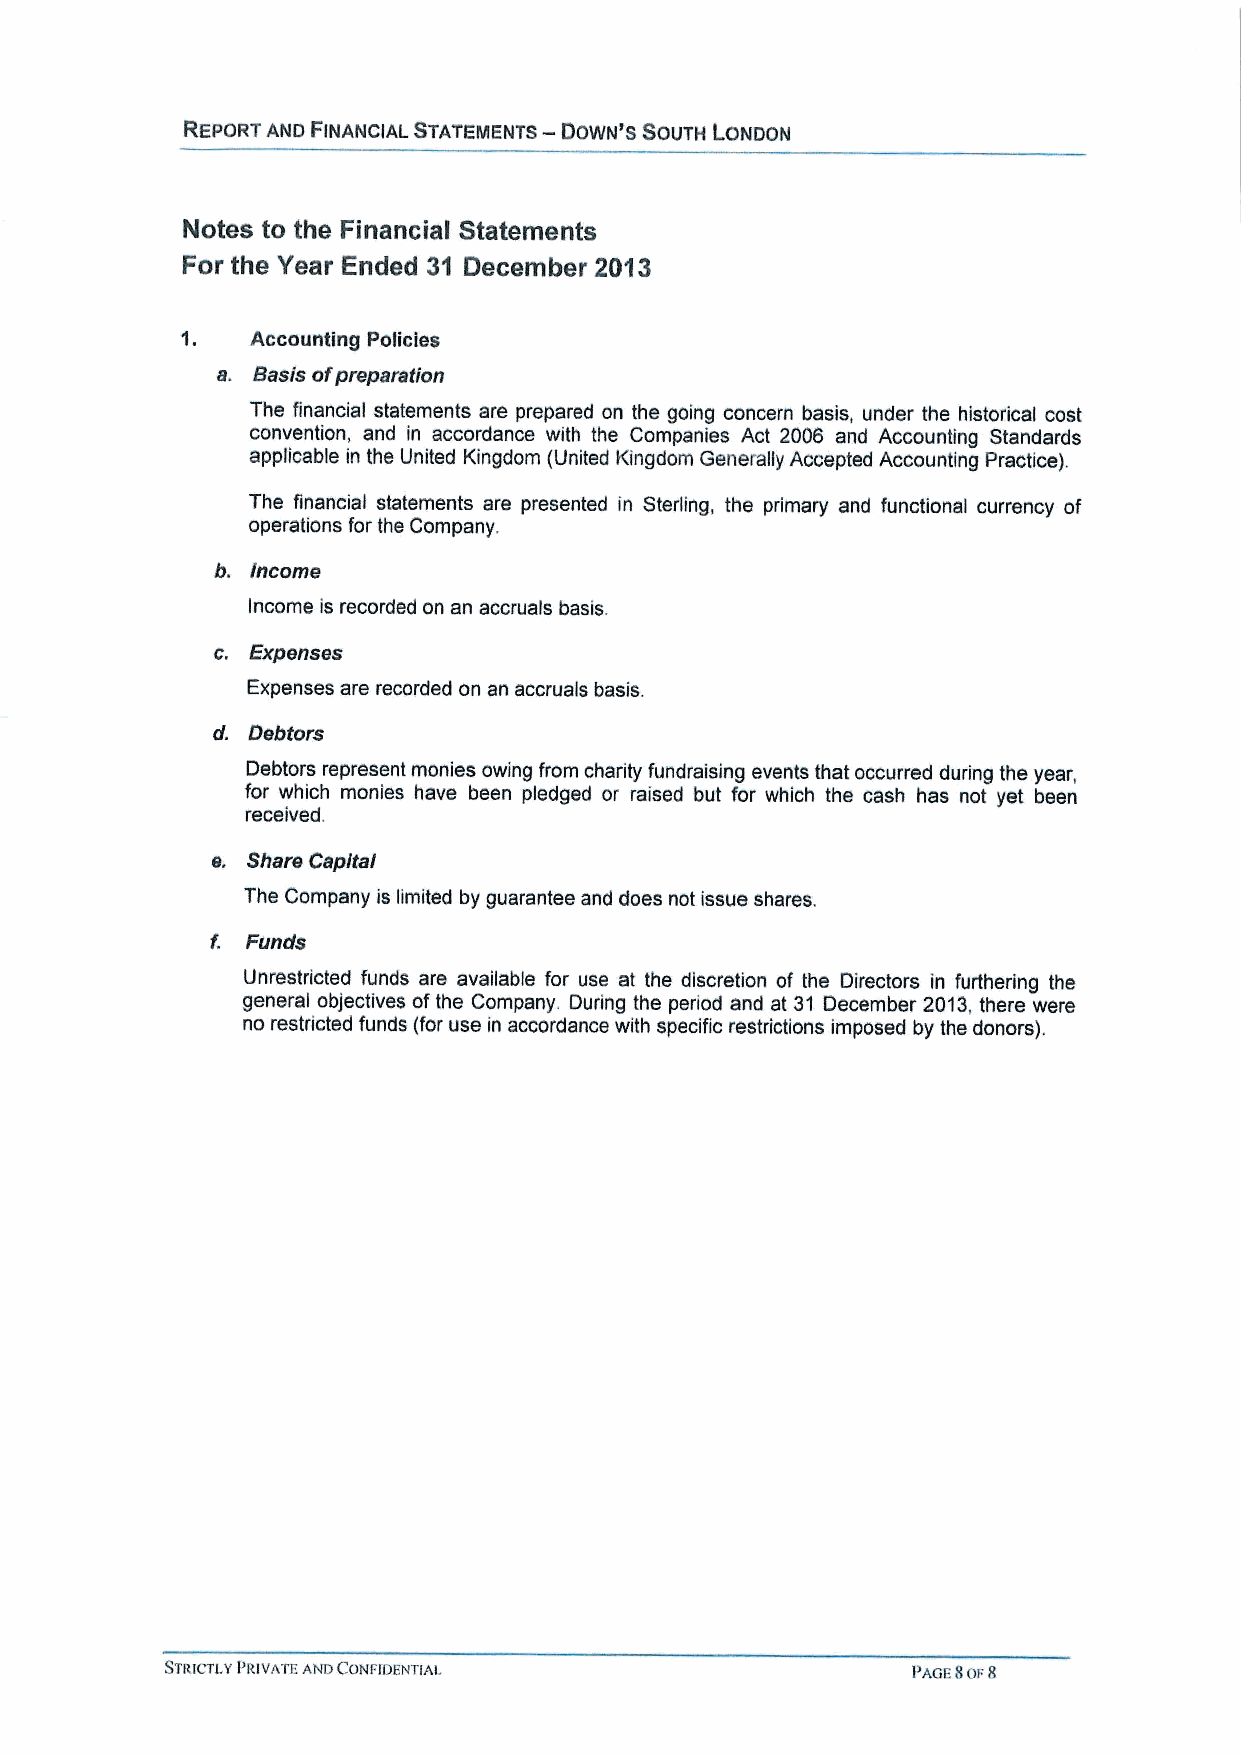
—
 REPORT AND FINANCIAL STATEINENTS DOWN'8 SOUTH LONDON
 Notes to the Financial Statements
 For the Year Ended 31 December 2013
 Accounting Policies
 a. Basis ofpreparation
 The financial statements are prepared on the going concern basis, under the historical cost
 convention, and in accordance with the Companies Act 2006 and Accounting Standards
 applicable in the United Kingdom (United Kingdom Generally Accepted Accounting Practice).
 The financial statements are presented in Sterling, the primary and functional currency of
 operations for the Company.
 b. income
 Income is recorded on an accruals basis.
 c. Expenses
 Expenses are recorded on an accruals basis.
 d. Debtors
 Debtors represent monies owing from charity fundraising events that occurred during the year,
 for which monies have been pledged or raised but for which the cash has not yet been
 received.
 e. Share Capital
 The Company is limited by guarantee and does not issue shares.
 f. Funds
 Unrestricted funds are available for use at the discretion of the Directors in furthering the
 general objectives ofthe Company. During the period and at 31 December 2013,there were
 no restricted funds (for use in accordance with specific restrictions imposed by the donors).
 STRICTLYPRIVATE AND CONFIDENTIAL                 PAGESOF8